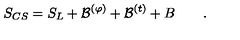
S _ { C S } = S _ { L } + { \cal B } ^ { ( \varphi ) } + { \cal B } ^ { ( t ) } + B \qquad .